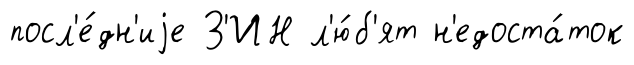
посл'е́дн'иjе З'ИН л'ю́б'ят н'едоста́ток